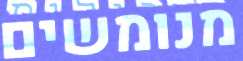
מנומשים